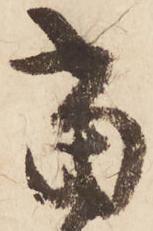
当